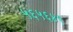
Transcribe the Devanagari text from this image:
५६५६४९